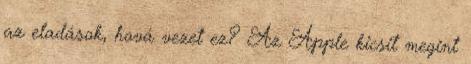
az eladások, hová vezet ez? Az Apple kicsit megint